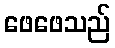
ဖေဖေသည်